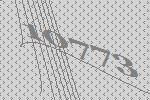
10773